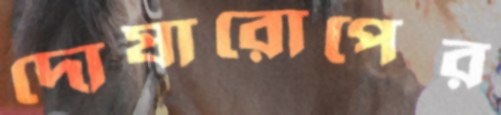
দোষারোপের